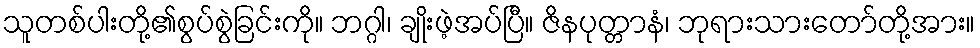
သူတစ်ပါးတို့၏စွပ်စွဲခြင်းကို။ ဘဂ္ဂါ၊ ချိုးဖဲ့အပ်ပြီ။ ဇိနပုတ္တာနံ၊ ဘုရားသားတော်တို့အား။